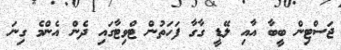
ޖަސްޓިން ބީބާ އާއި ލޭޑީ ގާގާ ފަހަތުން ޓްވިޓާގައި ދެން އެންމެ ގިނަ